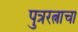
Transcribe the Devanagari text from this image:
पुत्ररत्नाचा